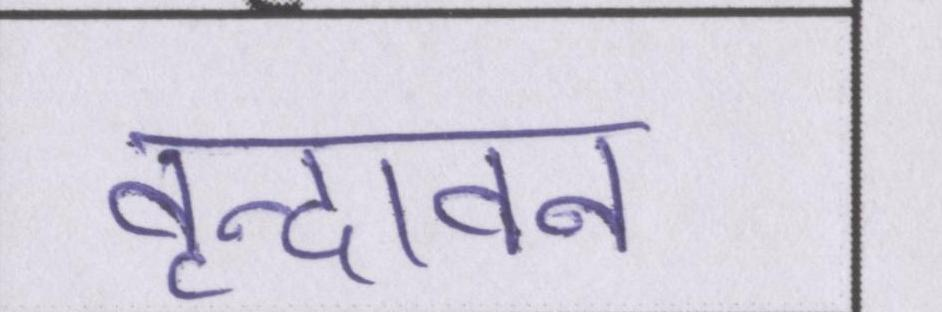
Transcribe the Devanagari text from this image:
वृन्दावन